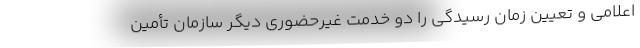
اعلامی و تعیین زمان رسیدگی را دو خدمت غیرحضوری دیگر سازمان تأمین